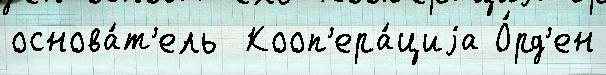
основа́т'ель  Кооп'ера́циjа О́рд'ен